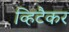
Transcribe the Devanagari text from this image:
व्हिटैकर